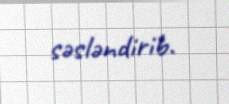
səsləndirib.